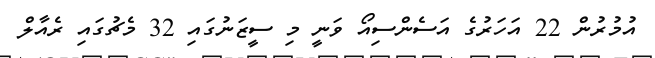
އުމުރުން 22 އަހަރުގެ އަސެންސިއޯ ވަނީ މި ސީޒަނުގައި 32 މެޗުގައި ރެއާލް